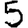
Digit: 5